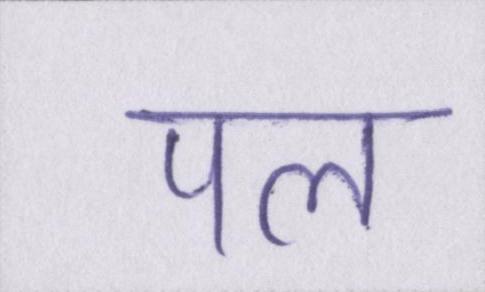
पल